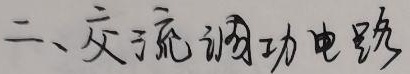
二、交流调功电路